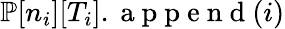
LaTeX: {\mathbb{P}}[n_{i}][T_{i}].\mathrm{~a~p~p~e~n~d~}(i)